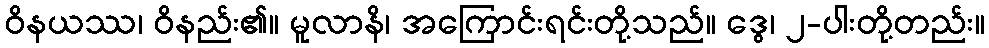
ဝိနယဿ၊ ဝိနည်း၏။ မူလာနိ၊ အကြောင်းရင်းတို့သည်။ ဒွေ၊ ၂-ပါးတို့တည်း။